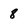
Character: 8